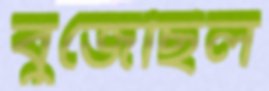
বুজেছিল